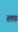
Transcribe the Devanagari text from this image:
स्लफ